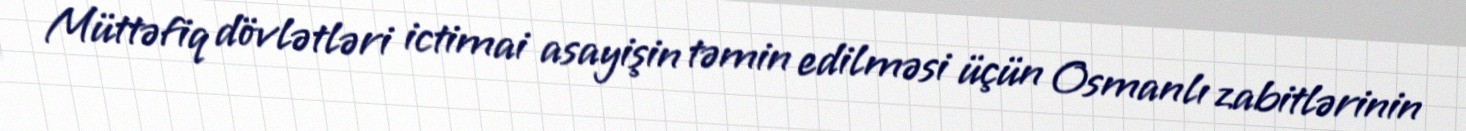
Müttəfiq dövlətləri ictimai asayişin təmin edilməsi üçün Osmanlı zabitlərinin